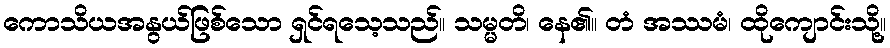
ကောသိယအနွယ်ဖြစ်သော ရှင်ရသေ့သည်။ သမ္မတိ၊ နေ၏။ တံ အဿမံ၊ ထိုကျောင်းသို့။